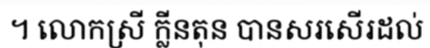
។ លោកស្រី ក្លីនតុន បានសរសើរដល់